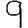
Digit: 9